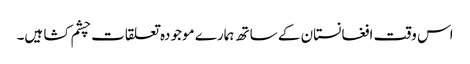
اس وقت افغانستان کے ساتھ ہمارے موجودہ تعلقات چشم کشا ہیں۔